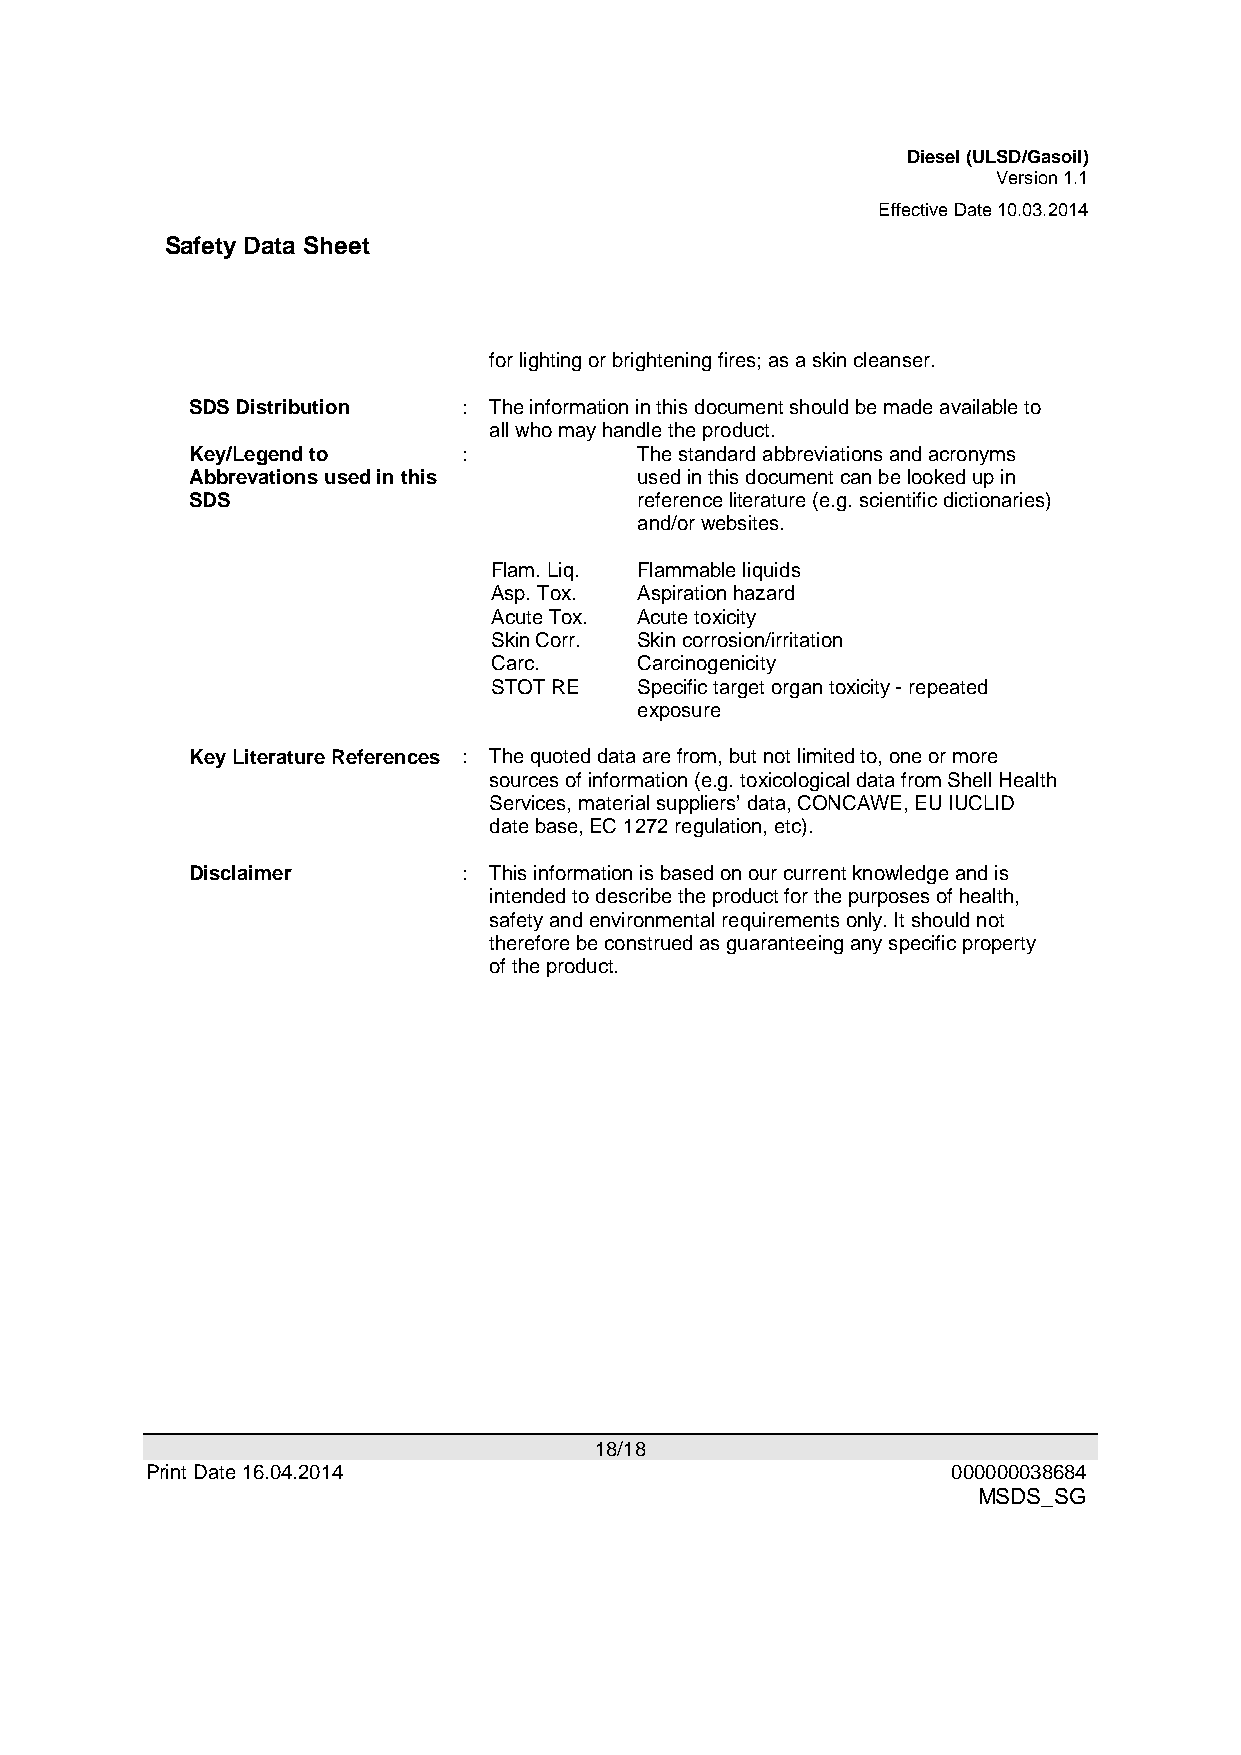
Diesel (ULSD/Gasoil)
 Version 1.1
 Effective Date 10.03.2014
 Safety Data Sheet
 for lighting or brightening fires; as a skin cleanser.
 SDS Distribution  : The information in this document should be made available to
 all who may handle the product.
 Key/Legend to     :          The standard abbreviations and acronyms
 Abbrevations used in this    used in this document can be looked up in
 SDS                          reference literature (e.g. scientific dictionaries)
 and/or websites.
 Flam. Liq. Flammable liquids
 Asp. Tox. Aspiration hazard
 Acute Tox. Acute toxicity
 Skin Corr. Skin corrosion/irritation
 Carc.     Carcinogenicity
 STOT RE   Specific target organ toxicity - repeated
 exposure
 Key Literature References : The quoted data are from, but not limited to, one or more
 sources of information (e.g. toxicological data from Shell Health
 Services, material suppliers’ data, CONCAWE, EU IUCLID
 date base, EC 1272 regulation, etc).
 Disclaimer        : This information is based on our current knowledge and is
 intended to describe the product for the purposes of health,
 safety and environmental requirements only. It should not
 therefore be construed as guaranteeing any specific property
 of the product.
 18/18
 Print Date 16.04.2014                                000000038684
 MSDS_SG